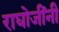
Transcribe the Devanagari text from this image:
राघोजींनी